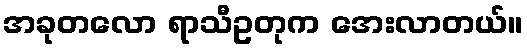
အခုတလော ရာသီဥတုက အေးလာတယ်။